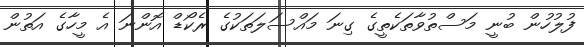
ފުލުހުން ބުނީ މަސްތުވާތަކެތީގެ ގިނަ މައްސަލަތަކުގެ ރެކޯޑް އޮންނަ އެ މީހާގެ އަތުން